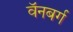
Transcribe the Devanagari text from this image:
वॅनबर्ग